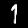
Digit: 1